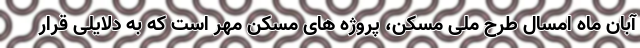
آبان ماه امسال طرح ملی مسکن، پروژه های مسکن مهر است که به دلایلی قرار